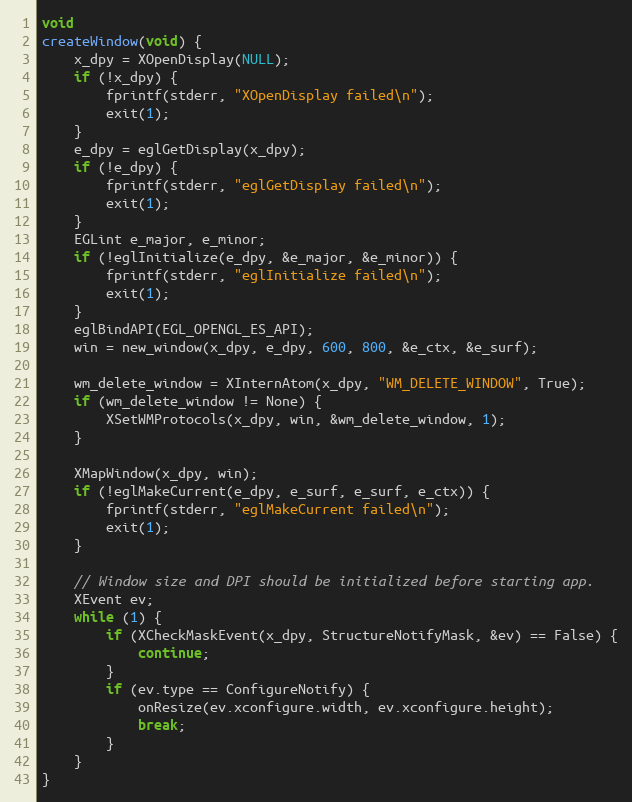
Language: C
void
createWindow(void) {
	x_dpy = XOpenDisplay(NULL);
	if (!x_dpy) {
		fprintf(stderr, "XOpenDisplay failed\n");
		exit(1);
	}
	e_dpy = eglGetDisplay(x_dpy);
	if (!e_dpy) {
		fprintf(stderr, "eglGetDisplay failed\n");
		exit(1);
	}
	EGLint e_major, e_minor;
	if (!eglInitialize(e_dpy, &e_major, &e_minor)) {
		fprintf(stderr, "eglInitialize failed\n");
		exit(1);
	}
	eglBindAPI(EGL_OPENGL_ES_API);
	win = new_window(x_dpy, e_dpy, 600, 800, &e_ctx, &e_surf);

	wm_delete_window = XInternAtom(x_dpy, "WM_DELETE_WINDOW", True);
	if (wm_delete_window != None) {
		XSetWMProtocols(x_dpy, win, &wm_delete_window, 1);
	}

	XMapWindow(x_dpy, win);
	if (!eglMakeCurrent(e_dpy, e_surf, e_surf, e_ctx)) {
		fprintf(stderr, "eglMakeCurrent failed\n");
		exit(1);
	}

	// Window size and DPI should be initialized before starting app.
	XEvent ev;
	while (1) {
		if (XCheckMaskEvent(x_dpy, StructureNotifyMask, &ev) == False) {
			continue;
		}
		if (ev.type == ConfigureNotify) {
			onResize(ev.xconfigure.width, ev.xconfigure.height);
			break;
		}
	}
}